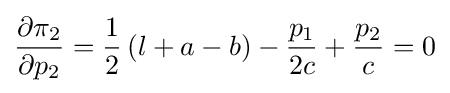
{\frac {\partial \pi _{2}}{\partial p_{2}}}={\frac {1}{2}}\left(l+a-b\right)-{\frac {p_{1}}{2c}}+{\frac {p_{2}}{c}}=0